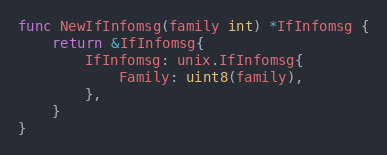
Language: Go
func NewIfInfomsg(family int) *IfInfomsg {
	return &IfInfomsg{
		IfInfomsg: unix.IfInfomsg{
			Family: uint8(family),
		},
	}
}